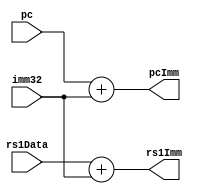
module add_pc(
    input [31: 0] pc,
    input [31: 0] imm32,
    input [31: 0] rs1Data,

    output reg [31: 0] pcImm,
    output reg [31: 0] rs1Imm
);

always @(*) begin
    pcImm = pc + imm32;
    rs1Imm = rs1Data + imm32;
end
endmodule